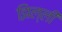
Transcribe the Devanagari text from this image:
झिल्लीं